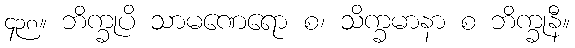
၄၃၈။ ဘိက္ခုပိ သာမဏေရော စ၊ သိက္ခမာနာ စ ဘိက္ခုနီ။